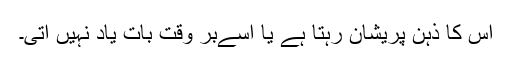
اس کا ذہن پریشان رہتا ہے یا اسےبر وقت بات یاد نہیں آتی۔